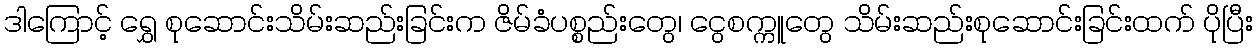
ဒါကြောင့် ရွှေ စုဆောင်းသိမ်းဆည်းခြင်းက ဇိမ်ခံပစ္စည်းတွေ၊ ငွေစက္ကူတွေ သိမ်းဆည်းစုဆောင်းခြင်းထက် ပိုပြီး